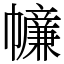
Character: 𢅳